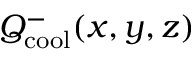
Q _ { \mathrm { c o o l } } ^ { - } ( x , y , z )